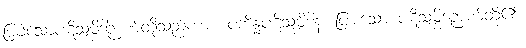
ပြခဲ့သောပဋိသမ္ဘိဒါဉာဏ်တို့သည်ကား။ ပဘိန္နပဋိသမ္ဘိဒါနံ၊ ပြားသော ပဋိသမ္ဘိဒါဉာဏ်တို့၏။